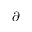
\partial